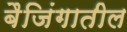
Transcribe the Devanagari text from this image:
बैजिंगातील